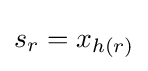
s_{r}=x_{h(r)}